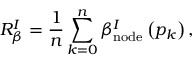
R _ { \beta } ^ { I } = \frac { 1 } { n } \sum _ { k = 0 } ^ { n } \beta _ { \mathrm { { n o d e } } } ^ { I } \left( p _ { k } \right) ,